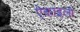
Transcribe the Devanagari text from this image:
ऐकाइलो